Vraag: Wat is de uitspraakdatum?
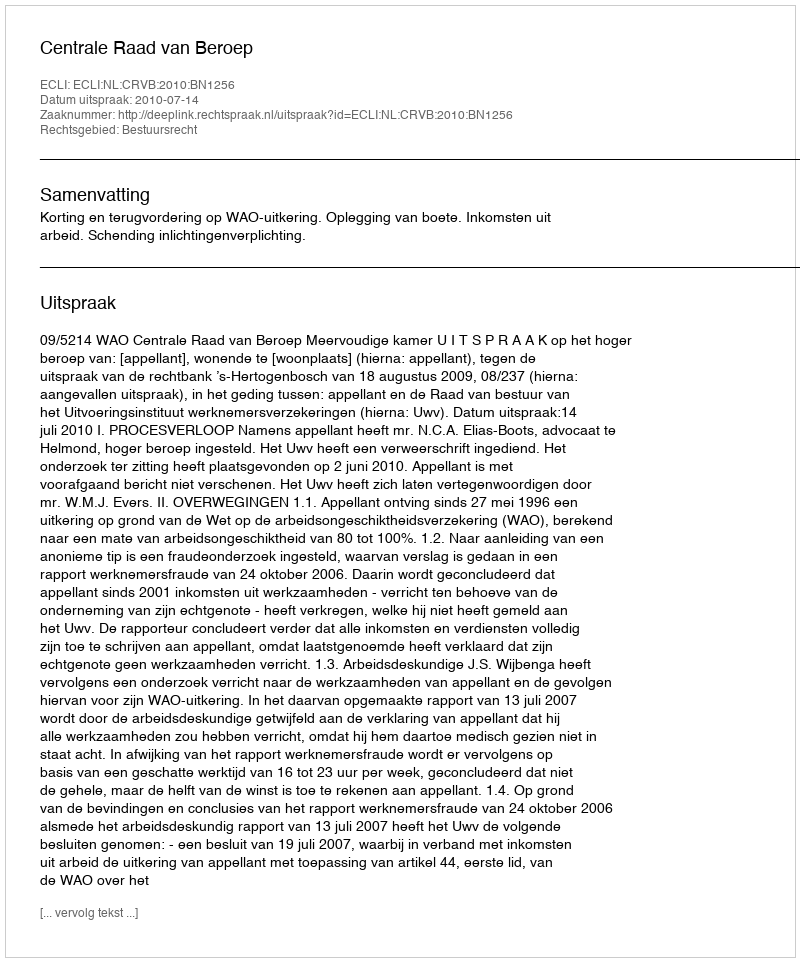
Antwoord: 2010-07-14